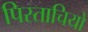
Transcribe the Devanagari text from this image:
पिस्ताचियो